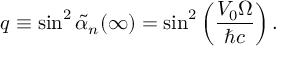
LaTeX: q \equiv \sin ^ { 2 } \widetilde { \alpha } _ { n } ( \infty ) = \sin ^ { 2 } \left( \frac { V _ { 0 } \Omega } { \hbar c } \right) .